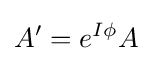
A^{\prime }=e^{I\phi }A